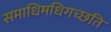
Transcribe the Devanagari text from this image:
समाधिमधिगच्छति